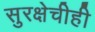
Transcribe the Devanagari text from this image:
सुरक्षेचीही